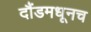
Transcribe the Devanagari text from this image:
दौंडमधूनच